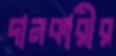
দানকারীর